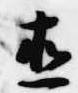
直